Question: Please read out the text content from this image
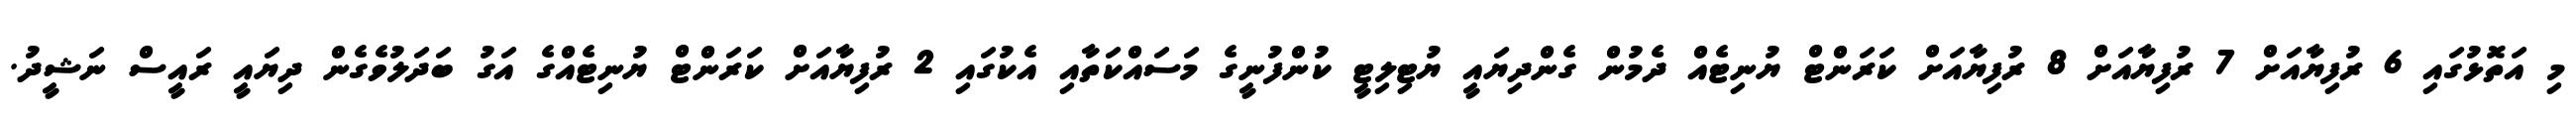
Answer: މި އަތޮޅުގައި 6 ރުފިޔާއަށް 7 ރުފިޔާއަށް 8 ރުފިޔާއަށް ކަރަންޓް ޔުނިޓެއް ދެމުން ގެންދިޔައީ ޔުޓިލިޓީ ކުންފުނީގެ މަސައްކަތާއި އެކުގައި 2 ރުފިޔާއަށް ކަރަންޓް ޔުނިޓެއްގެ އަގު ބަދަލުވެގެން ދިޔައީ ރައީސް ނަޝީދު.